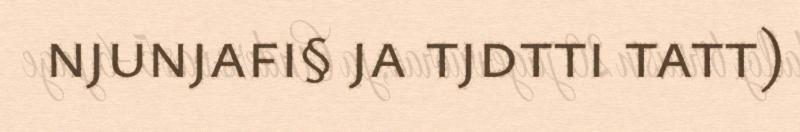
njunjafi§ ja tjdtti tatt)